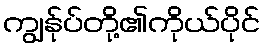
ကျွန်ုပ်တို့၏ကိုယ်ပိုင်